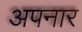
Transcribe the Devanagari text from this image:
अपनार